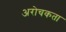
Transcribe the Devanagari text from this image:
अरोचकता